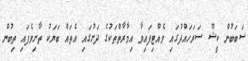
ސަބަބުން ކީޝޫ ސަރަހައްދުގައި ވެއްޓިފައިވާ އިމާރާތްތަކުގެ ދަށުގައި އެތައް ބަޔަކު ތާށިވެފައި ތިބުން